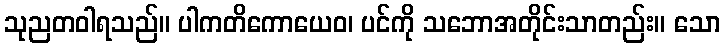
သုညတဝါရသည်။ ပါကတိကောယေဝ၊ ပင်ကို သဘောအတိုင်းသာတည်း။ သော